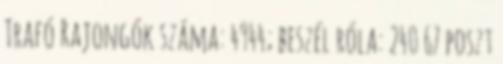
Trafó Rajongók száma: 4944; beszél róla: 240 67 poszt